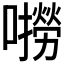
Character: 𫬓